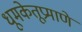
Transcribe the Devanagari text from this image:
धूमकेतूप्रमाणे